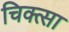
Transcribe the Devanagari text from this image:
चिक्त्सा